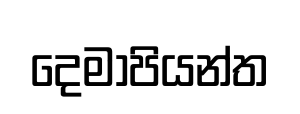
දෙමාපියන්ත